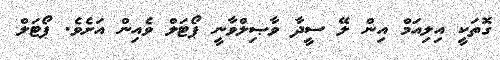
ގޮތަކީ އިލިއަމް އިން ލޭ ސީދާ ވާޞިލްވާނީ ޕޯޓަލް ވެއިން އަށެވެ. ޕޯޓަލް